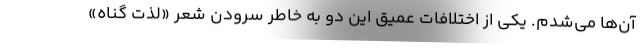
آن‌ها می‌شدم. یکی از اختلافات عمیق این دو به خاطر سرودن شعر «لذت گناه»